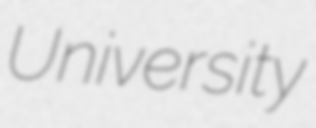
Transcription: University